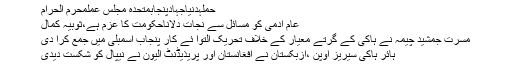
حملہدنیاجہادپنجابمتحدہ مجلس عملمحرم الحرام
عام آدمی کو مسائل سے نجات دلاناحکومت کا عزم ہے،ثوبیہ کمال
مسرت جمشید چیمہ نے ہاکی کے گرتے معیار کے خلاف تحریک التوا ئے کار پنجاب اسمبلی میں جمع کرا دی
ہائر ہاکی سیریز اوپن ،ازبکستان نے افغانستان اور پریذیڈنٹ الیون نے نیپال کو شکست دیدی